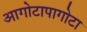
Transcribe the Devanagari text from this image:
आगोटापागोटा